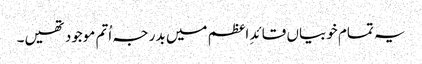
یہ تمام خوبیاں قائدِ اعظم میں بدر جہ اُتم موجود تھیں۔